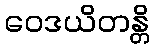
ဝေဒယိတန္တိ